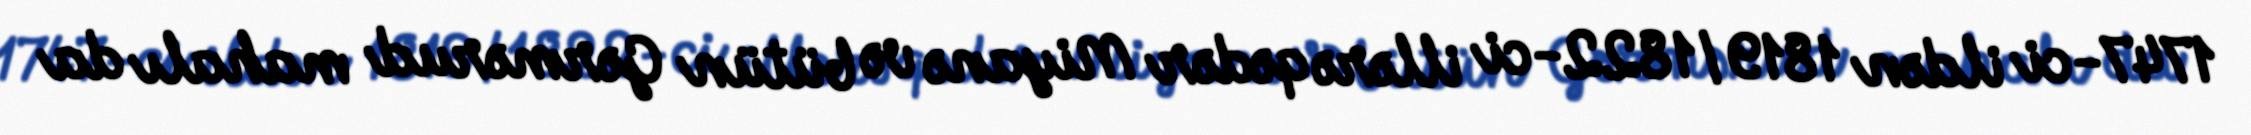
1747-ci ildən 1819/1822-ci illərə qədər Miyanə və bütün Gərmərud mahalı da